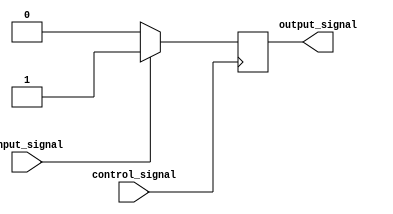
module Voltage_level_shifter(input wire input_signal, output reg output_signal, input wire control_signal);

    always @ (posedge control_signal) begin
        if(input_signal) begin
            output_signal <= 1'b1;
        end else begin
            output_signal <= 1'b0;
        end
    end

endmodule